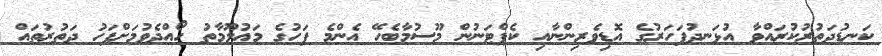
ކަނޑުދަތުރުކުރައްވާ އުޅަނދުފަހަރުގެ އޮޑިވެރިންނާއި ކެޕްޓަނުން މޫސުމާބެހޭ އެންމެ ފަހުގެ މަޢުލޫމާތު ހޯއްދެވުމަށްފަހު ދަތުރުތައް